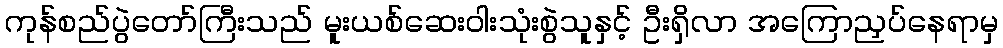
ကုန်စည်ပွဲတော်ကြီးသည် မူးယစ်ဆေးဝါးသုံးစွဲသူနှင့် ဦးရှိလာ အကြောညှပ်နေရာမှ